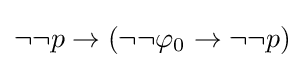
\neg \neg p\to (\neg \neg \varphi _{0}\to \neg \neg p)